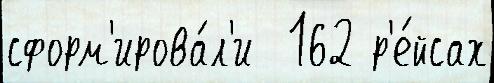
сформ'ирова́л'и  162 р'е́йсах